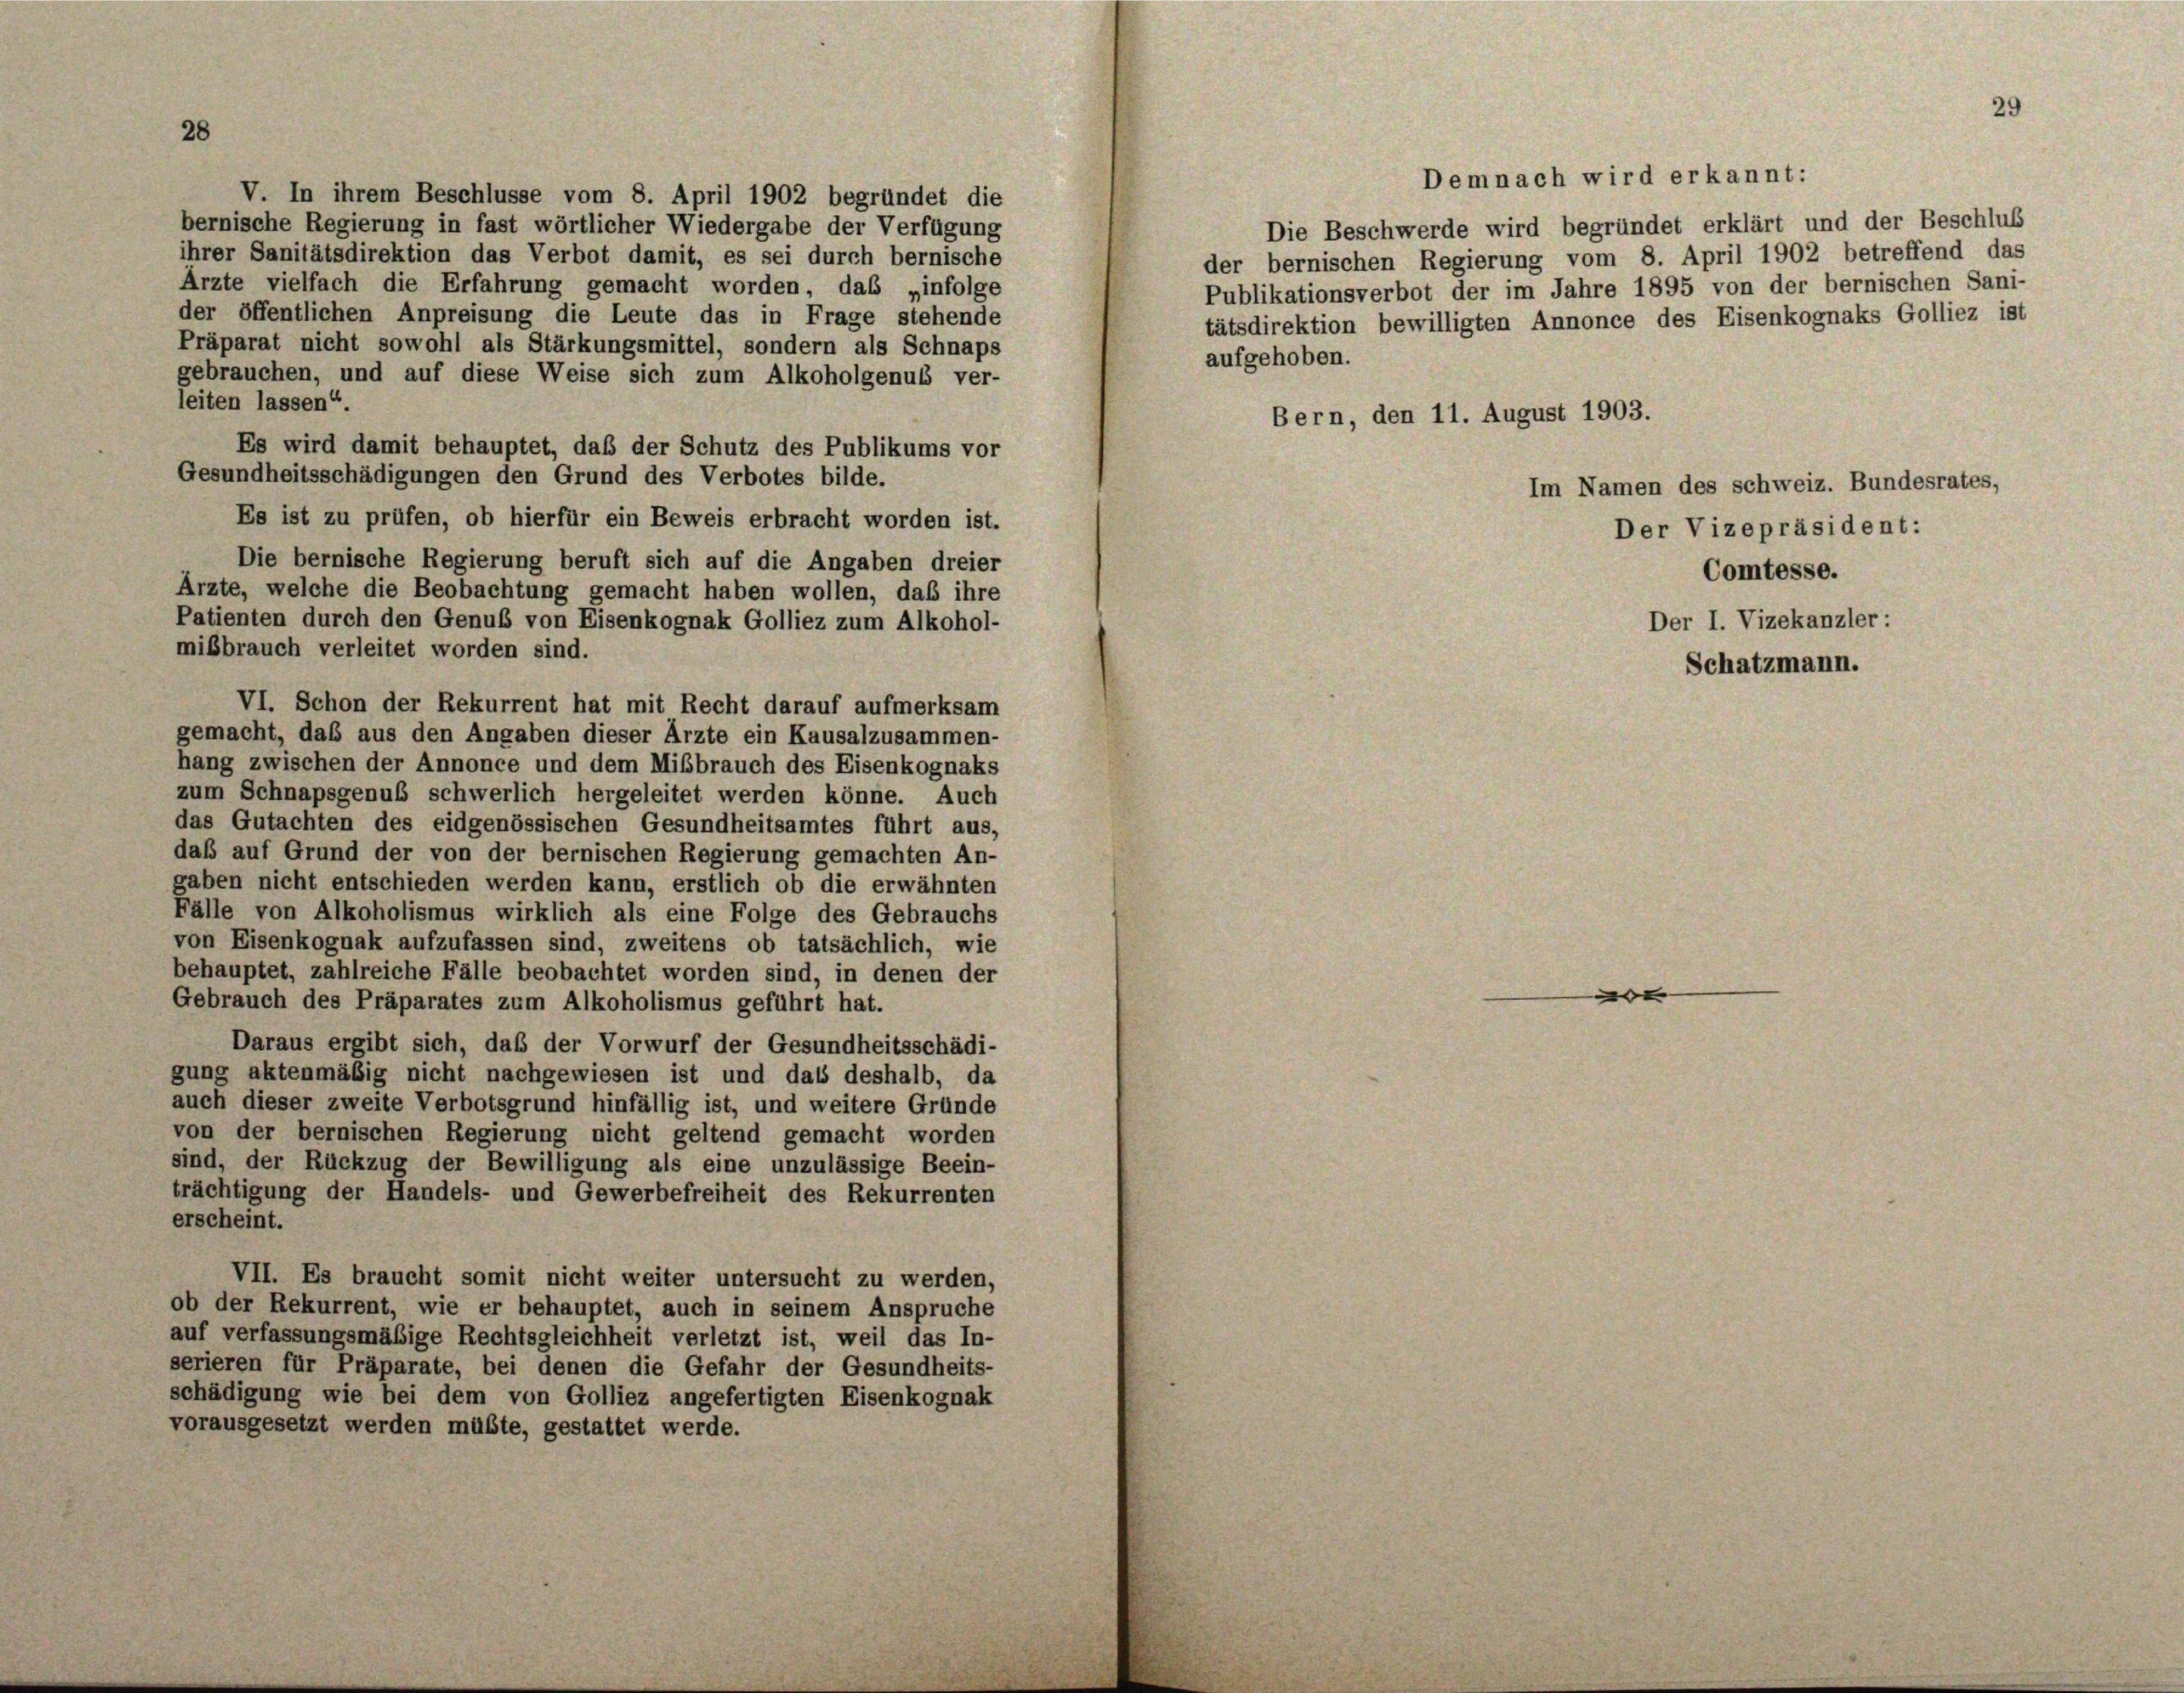
28

V. In ihrem Beschlüsse vom 8. April 1902 begründet die
bernische Regierung in fast wörtlicher Wiedergabe der Verfügung
ihrer Sanitätsdirektion das Verbot damit, es sei durch bernische
Ärzte vielfach die Erfahrung gemacht worden, das „infolge
der öffentlichen Anpreisung die Leute das in Frage stehende
Präparat nicht sowohl als Stärkungsmittel, sondern als Schnaps
gebrauchen, und auf diese Weise sich zum Alkoholgenuss ver-
leiten lassen“.
Es ist zu prüfen, ob hierfür ein Beweis erbracht worden ist.
gemacht, daß aus den Angaben dieser Ärzte ein Kausalzusammen-
hang zwischen der Annonce und dem Mißbrauch des Eisenkognaks
zum Schnapsgenuß schwerlich hergeleitet werden könne. Auch
das Gutachten des eidgenössischen Gesundheitsamtes führt aus,
daß auf Grund der von der bernischen Regierung gemachten An-
gaben nicht entschieden werden kann, erstlich ob die erwähnten
Fälle von Alkoholismus wirklich als eine Folge des Gebrauchs
von Eisenkognak aufzufassen sind, zweitens ob tatsächlich, wie
behauptet, zahlreiche Fälle beobachtet worden sind, in denen der
Gebrauch des Präparates zum Alkoholismus geführt hat.
Daraus ergibt sich, daß der Vorwurf der Gesundheitsschädi-
gung aktenmäßig nicht nachgewiesen ist und dass deshalb, da
auch dieser zweite Verbotsgrund hinfällig ist, und weitere Gründe
von der bernischen Regierung nicht geltend gemacht worden
sind, der Rückzug der Bewilligung als eine unzulässige Beein-
trächtigung der Handels- und Gewerbefreiheit des Rekurrenten
erscheint.
VII. Es braucht somit nicht weiter untersucht zu werden,
ob der Rekurrent, wie er behauptet, auch in seinem Anspruche
auf verfassungsmäßige Rechtsgleichheit verletzt ist, weil das In-
serieren für Präparate, bei denen die Gefahr der Gesundheits-
schädigung wie bei dem von Golliez angefertigten Eisenkognak
vorausgesetzt werden müßte, gestattet werde.

Es wird damit behauptet, daß der Schutz des Publikums vor
Gesundheitsschädigungen den Grund des Verbotes bilde.

Die bernische Regierung beruft sich auf die Angaben dreier
Ärzte, welche die Beobachtung gemacht haben wollen, daß ihre
Patienten durch den Genuß von Eisenkognak Golliez zum Alkohol-
mißbrauch verleitet worden sind.
VI. Schon der Rekurrent hat mit Recht darauf aufmerksam

Die Beschwerde wird begründet erklärt und der Beschlus
der bernischen Regierung vom 8. April 1902 betreffend das
Publikationsverbot der im Jahre 1895 von der bernischen Sani-
tätsdirektion bewilligten Annonce des Eisenkognaks Golliez ist
aufgehoben.

Bern, den 11. August 1903.

Demnach wird erkannt:

Im Namen des schweiz. Bundesrates,
Der Vizepräsident:
Comtesse.
Der I. Vizekanzler :

Schatzmann.